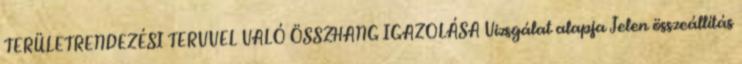
TERÜLETRENDEZÉSI TERVVEL VALÓ ÖSSZHANG IGAZOLÁSA Vizsgálat alapja Jelen összeállítás